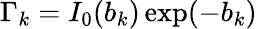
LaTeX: \Gamma_{k}=I_{0}(b_{k})\exp(-b_{k})